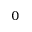
_ { 0 }